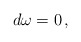
\begin{align*}d\omega=0\,,\end{align*}